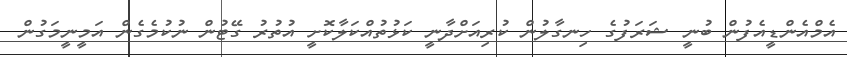
އެމްއެންޑީއެފުން ބުނީ ޝަރަފުގެ ހިނގާލުން ކުރިއަށްދާނީ ކަޅުތުއްކަލާކޮށީ އުތުރު ގޭޓުން ނުކުމެގެން އަމީނީމަގުން